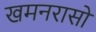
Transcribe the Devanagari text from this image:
खमनरासो